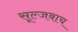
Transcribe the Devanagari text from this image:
सूल्जबाच